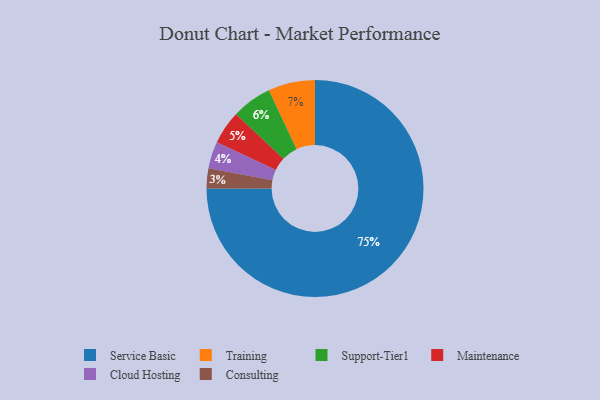
{"axis": {"x": "Category", "y": "Percentage"}, "legend": ["Cloud Hosting", "Consulting", "Maintenance", "Service Basic", "Support-Tier1", "Training"], "data": [{"x": "Service Basic", "y": 75, "type": "Service Basic"}, {"x": "Support-Tier1", "y": 6, "type": "Support-Tier1"}, {"x": "Training", "y": 7, "type": "Training"}, {"x": "Cloud Hosting", "y": 4, "type": "Cloud Hosting"}, {"x": "Maintenance", "y": 5, "type": "Maintenance"}, {"x": "Consulting", "y": 3, "type": "Consulting"}]}